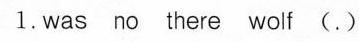
1.was no there wolf(.)